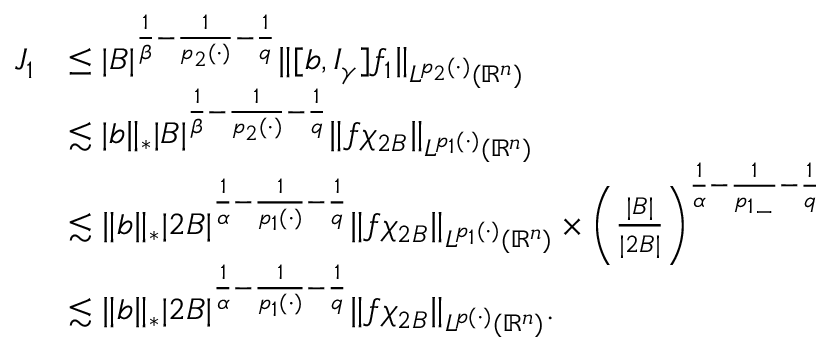
\begin{array} { r l } { J _ { 1 } } & { \leq | B | ^ { \frac { 1 } { \beta } - \frac { 1 } { p _ { 2 } ( \cdot ) } - \frac { 1 } { q } } \| [ b , I _ { \gamma } ] f _ { 1 } \| _ { L ^ { p _ { 2 } ( \cdot ) } ( \mathbb { R } ^ { n } ) } } \\ & { \lesssim | b \| _ { * } | B | ^ { \frac { 1 } { \beta } - \frac { 1 } { p _ { 2 } ( \cdot ) } - \frac { 1 } { q } } \| f \chi _ { 2 B } \| _ { L ^ { p _ { 1 } ( \cdot ) } ( \mathbb { R } ^ { n } ) } } \\ & { \lesssim \| b \| _ { * } | 2 B | ^ { \frac { 1 } { \alpha } - \frac { 1 } { p _ { 1 } ( \cdot ) } - \frac { 1 } { q } } \| f \chi _ { 2 B } \| _ { L ^ { p _ { 1 } ( \cdot ) } ( \mathbb { R } ^ { n } ) } \times \bigg ( \frac { | B | } { | 2 B | } \bigg ) ^ { \frac { 1 } { \alpha } - \frac { 1 } { { p _ { 1 } } _ { - } } - \frac { 1 } { q } } } \\ & { \lesssim \| b \| _ { * } | 2 B | ^ { \frac { 1 } { \alpha } - \frac { 1 } { p _ { 1 } ( \cdot ) } - \frac { 1 } { q } } \| f \chi _ { 2 B } \| _ { L ^ { p ( \cdot ) } ( \mathbb { R } ^ { n } ) } . } \end{array}